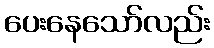
ပေးနေသော်လည်း